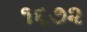
૧૬૭૨